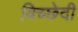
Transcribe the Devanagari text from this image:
विच्छेदी